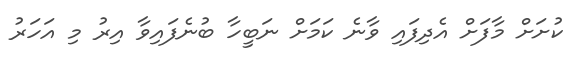
ކުށަށް މާފަށް އެދިފައި ވާނެ ކަމަށް ނަބީހާ ބުނެފައިވާ އިރު މި އަހަރު